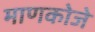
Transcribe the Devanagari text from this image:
माणकोजे